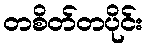
တစိတ်တပိုင်း